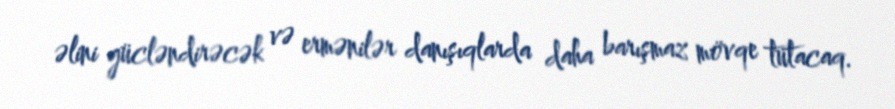
əlini gücləndirəcək və ermənilər danışıqlarda daha barışmaz mövqe tutacaq.